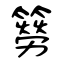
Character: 簩